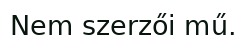
Nem szerzői mű.